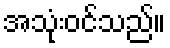
အသုံးဝင်သည်။